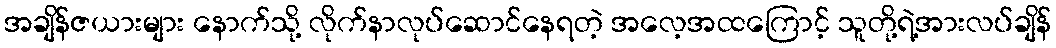
အချိန်ဇယားများ နောက်သို့ လိုက်နာလုပ်ဆောင်နေရတဲ့ အလေ့အထကြောင့် သူတို့ရဲ့အားလပ်ချိန်